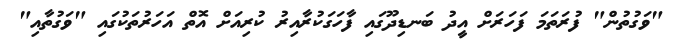
"ވަގުތުން" ފުރަތަމަ ފަހަރަށް އީދު ބަނޑިދޫގައި ފާހަގަކުރާއިރު ކުރިއަށް އޮތް އަހަރުތަކުގައި "ވަގުތާއި"